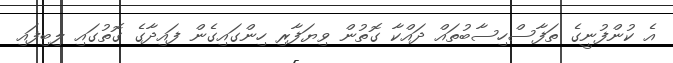
އެ ކުންފުނީގެ ތަފާސްހިސާބުތައް ދައްކާ ގޮތުން ވިޔަފާރި ހިންގައިގެން ފައިދާގެ ގޮތުގައި ލިބިފައި